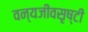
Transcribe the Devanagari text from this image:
वन्यजीवसृष्टी